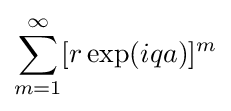
\sum _{m=1}^{\infty }[r\exp(iqa)]^{m}